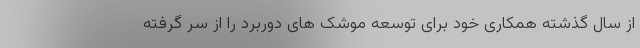
از سال گذشته همکاری خود برای توسعه موشک های دوربرد را از سر گرفته